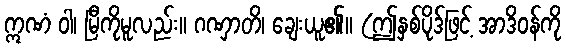
ဣဏံ ဝါ၊ မြီကိုမူလည်း။ ဂဏှာတိ၊ ချေးယူ၏။ (ဤနှစ်ပိုဒ်ဖြင့် အာဒိဝန်ကို